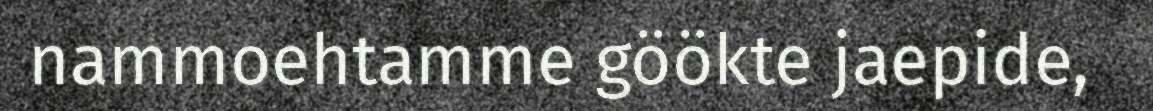
nammoehtamme göökte jaepide,